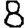
Digit: 8